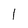
Character: l